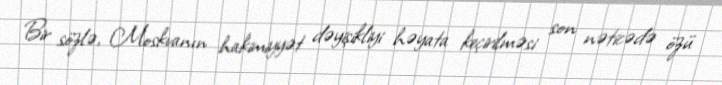
Bir sözlə, Moskvanın hakimiyyət dəyişikliyi həyata keçirilməsi son nəticədə özü